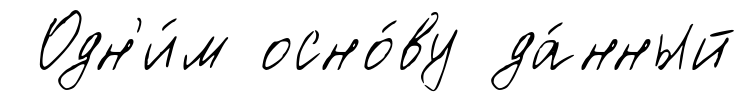
Одн'и́м осно́ву да́нный